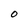
Character: O